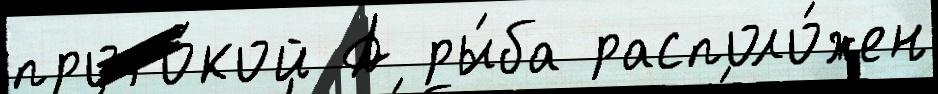
прото́кой А ры́ба располо́жен